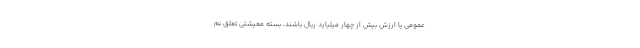
عمومی یا ارزش بیش از چهار میلیارد ریال باشند، بسته معیشتی تعلق نم